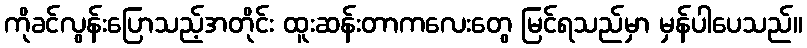
ကိုခင်လွန်းပြောသည့်အတိုင်း ထူးဆန်းတာကလေးတွေ မြင်ရသည်မှာ မှန်ပါပေသည်။